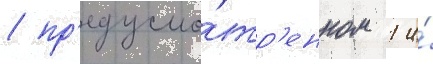
/ пр'едусмо́тр'енном 1 и́